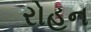
રોહન